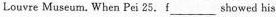
Louvre Museum. When Pei 25. F ___ showed his